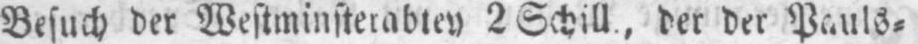
Besuch der Westminsterabtey 2 Schill., der der Pauls⸗